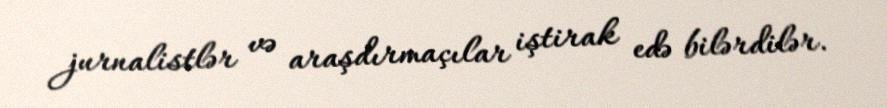
jurnalistlər və araşdırmaçılar iştirak edə bilərdilər.